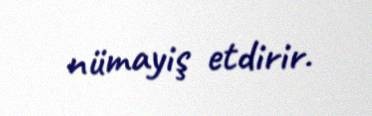
nümayiş etdirir.